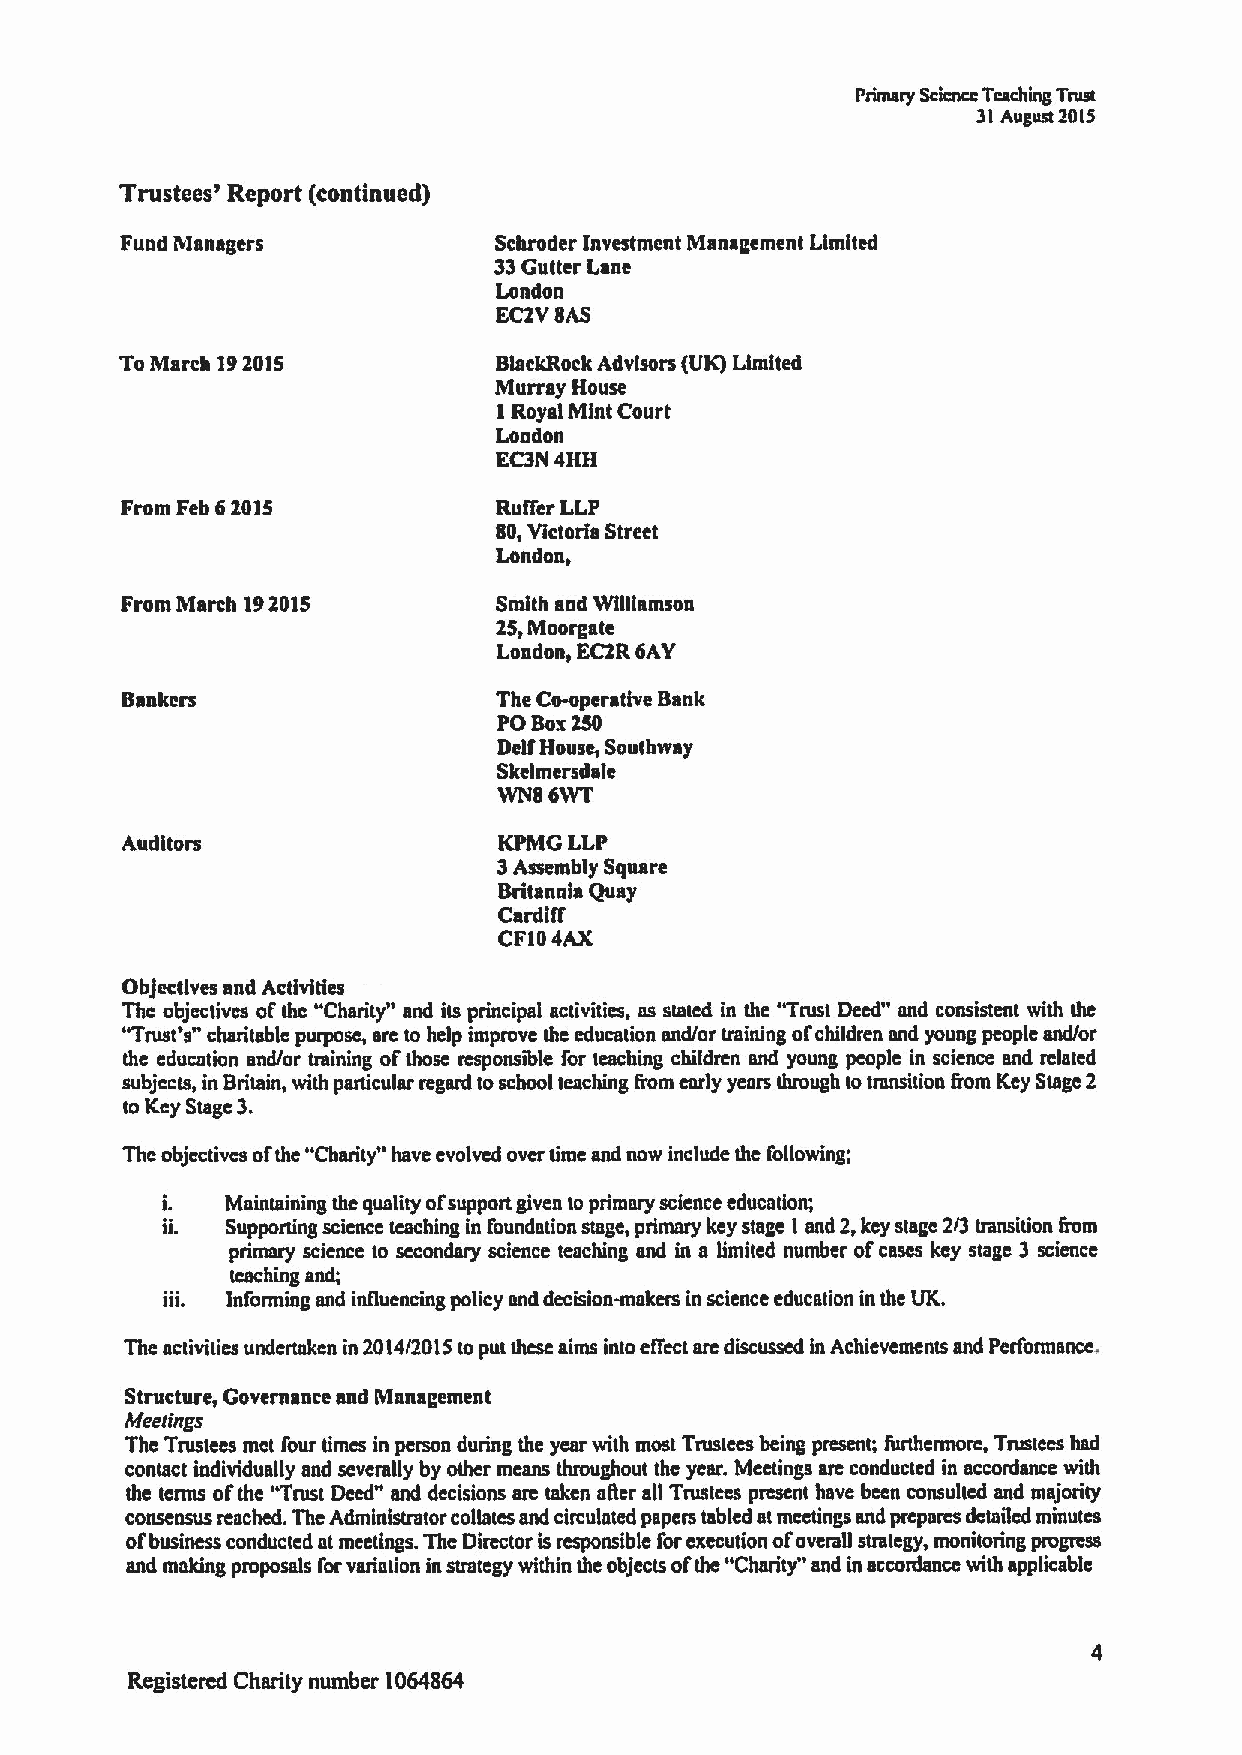
Primary ScienceTeaching Trust
 31August20IS
 Trustees' Report (continued)
 Fund Managers            Schroder Investment Management Limited
 33Gutter Lane
 Londoa
 EC2VSAS
 ToMarch 192015           BlackRock Advisors (UK) Limited
 Murray House
 1Royal Mint Court
 Loadon
 EC3N 4HH
 From Feb 62015           Ruffer LLP
 00,Ytctorla Street
 London,
 From March 192015        Sndth and Wflllamson
 25,Moorgate
 London, EC2R6AY
 Bankers                  The Co-operative Bank
 PO Box250
 DelfHouse, Seuthway
 Skelmersd ale
 WNS 6WT
 Auditors                 KPMG LLP
 3Assembly Square
 Britannia Quay
 Cardiff
 CF104AX
 Objectives and Activities
 The objectives ofthe "Charity" and its principal activities, as stated in the "Trust Deed" and consistent with the
 "Trust's" charitable purpose, are to help improve the education and/or training ofchildren and young people and/or
 the education and/or training ofthose responsible for teaching children and young people in science and related
 subjects, in Britain, with particular regard toschool teaching from early years through totransition flom Key Stage 2
 to Key Stage 3.
 The objectives ofthe "Charity" have evolved over time and now include the following;
 Maintaining the quality ofsupport given to primary science education;
 Supporting science teaching in foundation stage, primary key stage 1 and 2,key stage 2/3 transiuon &om
 primary science to secondary science teaching and in a limited number ofcases key stage 3 science
 teaching and;
 informing and influencing policy and decision-makers in science education in the UK.
 The activities undertaken in 2014/2015 toput these aims into effect are discussed in Achievements and Performance,
 Structure, Governance and Management
 Meetings
 The Trustees mct four times in person during the year with most Trustees being present; furthermore, Trustees had
 contact individually and severally by other means thmughout the year. Meetings are conducted in accordance with
 the terms ofthe "Trust Deed" and decisions are udten afler all Trustees present have been consulted and majority
 consensus reached. The Administrator coflates and circulated papers tabled atmeetings and prepares detailed minutes
 ofbusiness conducted at meetings. The Director is responsible forexecution ofoverall strategy, monitoring progress
 and making proposals forvariation in strategy within the objects ofthe "Charity" and in accordance with applicable
 Registered Charity number 1064864